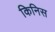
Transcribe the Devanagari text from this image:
किनिस